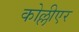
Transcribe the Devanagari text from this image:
कोल्लीएर